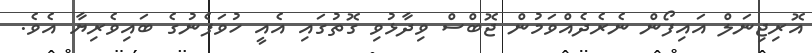
އޮރިޖިނަލް އައިފޯން ނެރެދެއްވަމުން ޖޮބްސް ވިދާޅުވި ގޮތުގައި އެއީ ހުވަފެނުގެ ބައިވެރިޔާ އެވެ.